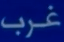
غرب